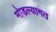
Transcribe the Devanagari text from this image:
मोडल्यागत